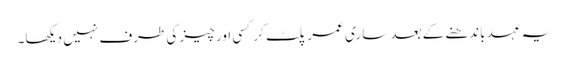
یہ عہد باندھنے کے بعد ساری عمر پلٹ کر کسی اور چیز کی طرف نہیں دیکھا۔